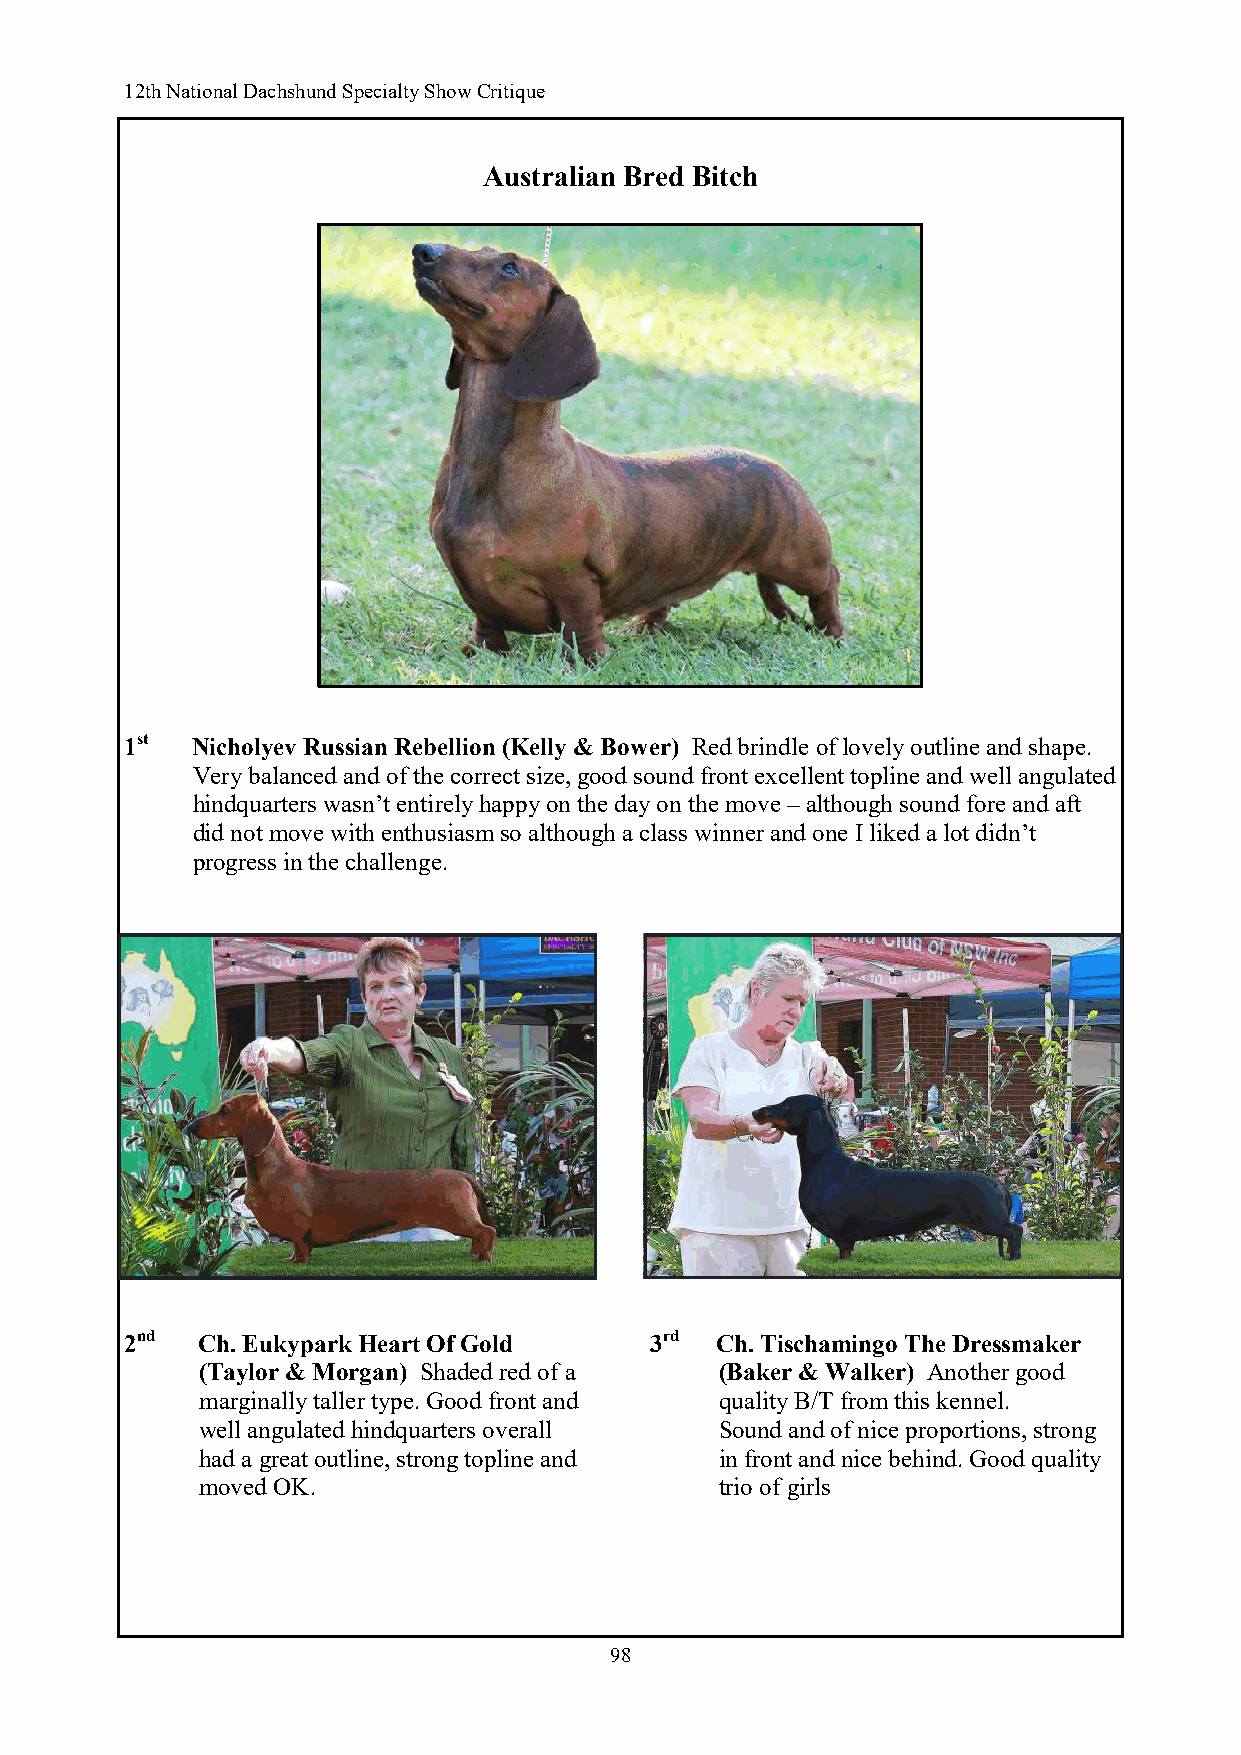
12th National Dachshund Specialty Show Critique
 Australian Bred Bitch
 1st  Nicholyev Russian Rebellion (Kelly & Bower) Red brindle of lovely outline and shape.
 Very balanced and of the correct size, good sound front excellent topline and well angulated
 hindquarters wasn’t entirely happy on the day on the move – although sound fore and aft
 did not move with enthusiasm so although a class winner and one I liked a lot didn’t
 progress in the challenge.
 2nd  Ch. Eukypark Heart Of Gold    3rd Ch. Tischamingo The Dressmaker
 (Taylor & Morgan) Shaded red of a  (Baker & Walker) Another good
 marginally taller type. Good front and quality B/T from this kennel.
 well angulated hindquarters overall Sound and of nice proportions, strong
 had a great outline, strong topline and in front and nice behind. Good quality
 moved OK.                          trio of girls
 98